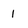
Character: 1